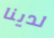
لدينا